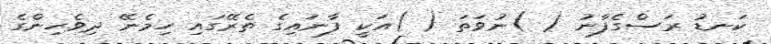
ކަނޑު ރަސްގެފާނު ( )ނުވަތަ ( )އަކީ ފާނައިގެ ތެރޭގައި ހިމެނޭ ދިވެހިންގެ